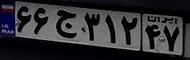
۶۶ج۳۱۲۴۷